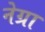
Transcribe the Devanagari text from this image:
नेग्रा